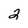
Character: 2